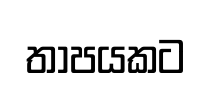
තාපයකට